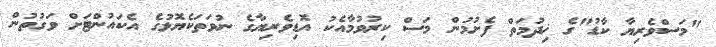
"މަސްވެރިޔާ ކާޑު"ގެ ޚިދުމަތް ފެށުމުން މަސް ކިރުވުމާއެކު އޮޑިވެރިޔާގެ ނުވަތަކެޔޮޅުގެ އެކައުންޓަށް ވަގުތުން